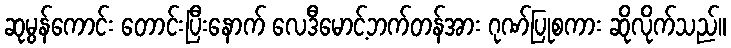
ဆုမွန်ကောင်း တောင်းပြီးနောက် လေဒီမောင့်ဘက်တန်အား ဂုဏ်ပြုစကား ဆိုလိုက်သည်။